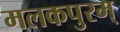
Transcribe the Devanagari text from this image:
मलकपुरम्‌